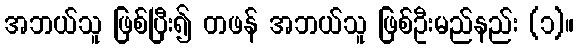
အဘယ်သူ ဖြစ်ပြီး၍ တဖန် အဘယ်သူ ဖြစ်ဦးမည်နည်း (၁)။